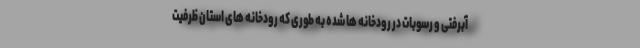
آبرفتی و رسوبات در رودخانه ها شده به طوری که رودخانه های استان ظرفیت